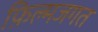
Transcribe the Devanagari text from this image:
फ़िल्मजगत